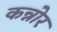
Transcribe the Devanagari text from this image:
कन्नोर